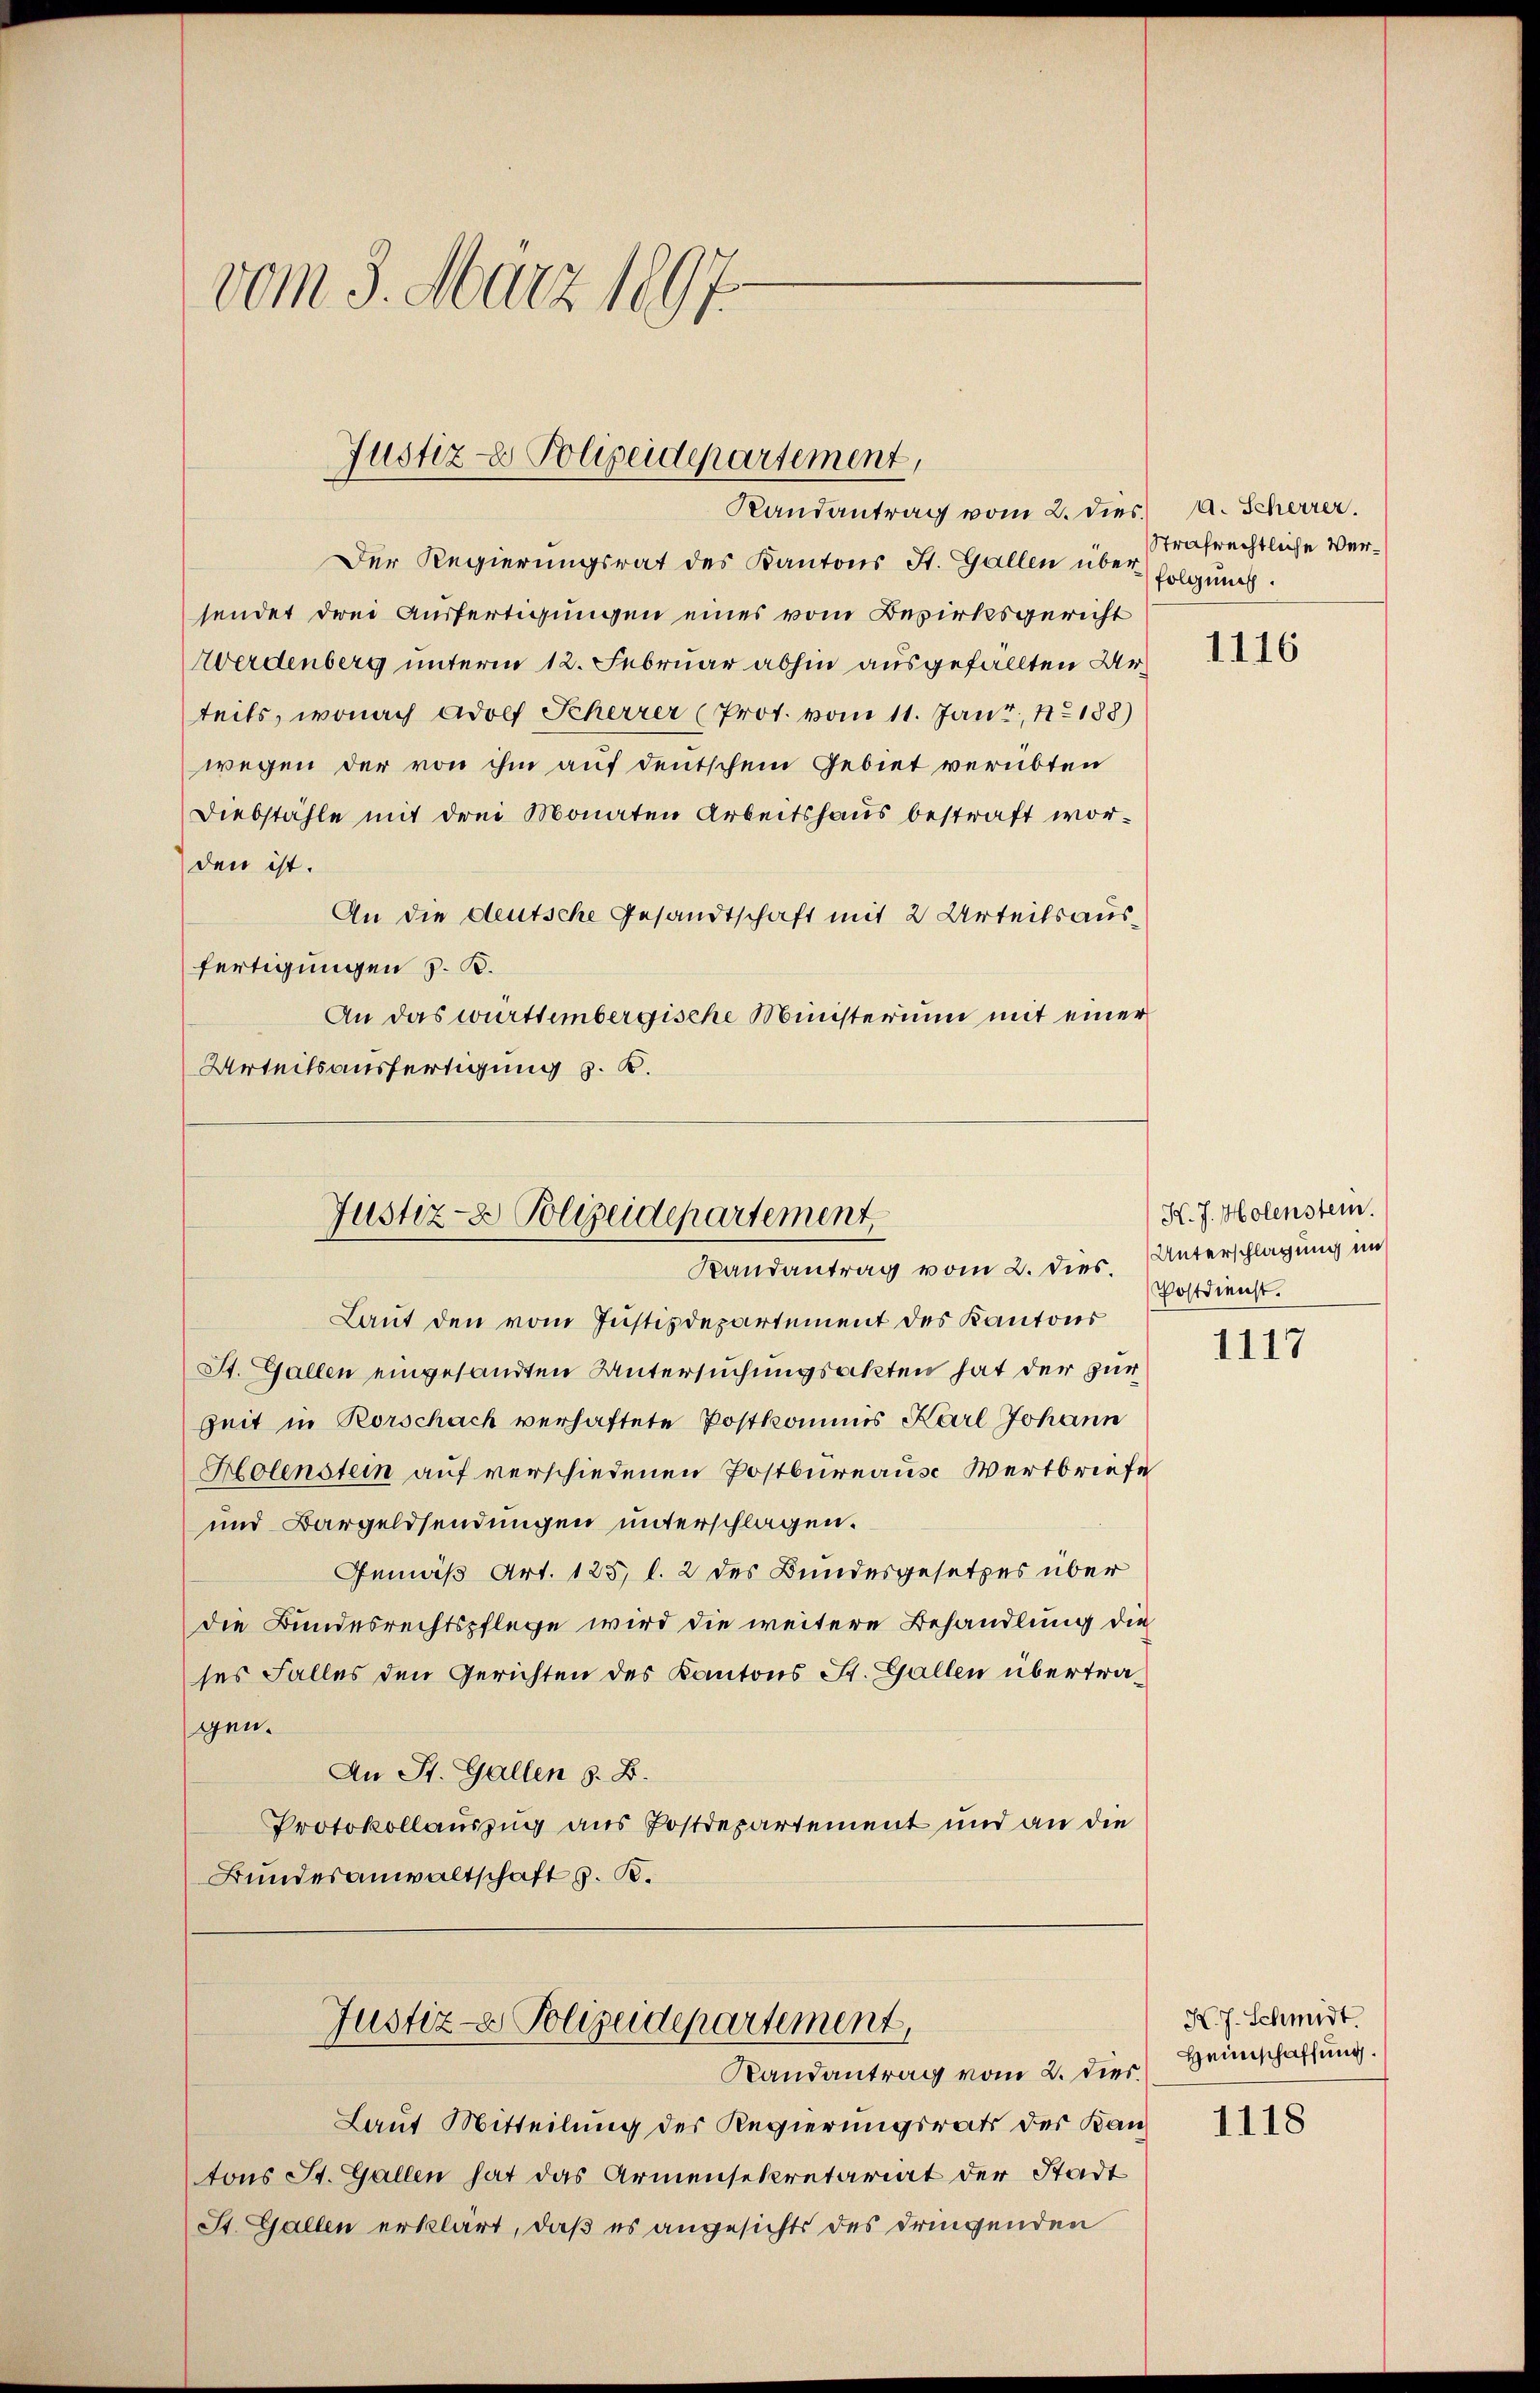
vom 3. März 1897.

Justiz & Polizeidepartement,
Randantrag vom 2. dies. A. Scheurer.

Der Regierungsrat des Kantons St. Gallen über trafrechtliche Versendet drei Ausfertigungen eines vom Bezirksgericht
Werdenberg unterm 12. Februar abhin ausgefällten Urteils, wonach Adolf Scherrer (Prot. vom 11. Janz, 188)
wegen der von ihm auf deutschem Gebiet verübten
Diebstähle mit drei Monaten Arbeitshaus bestraft worden ist.
An die deutsche Gesandtschaft mit 2 Urteilsausfertigungen z. B.
An das württembergische Ministerium mit einer
Urteilsausfertigung z. B.

Justiz- & Polizeidepartement
Randantrag vom 2. dies. Unterschlagung im

Laut den vom Justizdepartement des Kantons
St. Gallen eingesandten Untersuchungsakten hat der zur
Zeit in Rorschach verhaftete Postkommis Karl Johann
Holenstein auf verschiedenen Postbureaus Wertbriefe
und Bargeldsendungen unterschlagen.
Gemäß Art. 125, l. 2 des Bundesgesetzes über
die Bundesrechtspflege wird die weitere Behandlung die
ses Falles den Gerichten des Kantons St. Gallen übertragen.
An St. Gallen z. B.
Protokollauszug aus Postdepartement und an die
Bundesanwaltschaft z. B.
Justiz- & Polizeidepartement,
Randantrag vom 2. Dies.
Laut Mitteilung der Regierungsrats der Kantons St. Gallen hat das Armensekretariat der Stadt
St. Gallen erklärt, daß es angesichts des dringenden

folgung.

1116

K. J. Holenstein.
Postdienst.

1117

K. J. Schmidt.
Heimschaffung.

1118